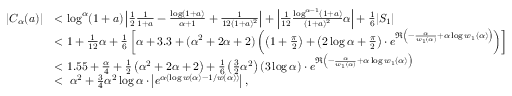
\begin{array} { r l } { | C _ { \alpha } ( a ) | } & { < \log ^ { \alpha } ( 1 + a ) \left| \frac { 1 } { 2 } \frac { 1 } { 1 + a } - \frac { \log ( 1 + a ) } { \alpha + 1 } + \frac { 1 } { 1 2 ( 1 + a ) ^ { 2 } } \right| + \left| \frac { 1 } { 1 2 } \frac { \log ^ { \alpha - 1 } ( 1 + a ) } { ( 1 + a ) ^ { 2 } } \alpha \right| + \frac { 1 } { 6 } | S _ { 1 } | } \\ & { < 1 + \frac { 1 } { 1 2 } \alpha + \frac { 1 } { 6 } \left[ \alpha + 3 . 3 + ( \alpha ^ { 2 } + 2 \alpha + 2 ) \left( \left( 1 + \frac { \pi } { 2 } \right) + \left( 2 \log \alpha + \frac { \pi } { 2 } \right) \cdot e ^ { \Re \left( - \frac { \alpha } { w _ { 1 } ( \alpha ) } + \alpha \log w _ { 1 } ( \alpha ) \right) } \right) \right] } \\ & { < 1 . 5 5 + \frac { \alpha } { 4 } + \frac { 1 } { 2 } \left( \alpha ^ { 2 } + 2 \alpha + 2 \right) + \frac { 1 } { 6 } \left( \frac { 3 } { 2 } \alpha ^ { 2 } \right) ( 3 \log \alpha ) \cdot e ^ { \Re \left( - \frac { \alpha } { w _ { 1 } ( \alpha ) } + \alpha \log w _ { 1 } ( \alpha ) \right) } } \\ & { < \; \alpha ^ { 2 } + \frac { 3 } { 4 } \alpha ^ { 2 } \log \alpha \cdot \left| e ^ { \alpha ( \log w ( \alpha ) - 1 / w ( \alpha ) ) } \right| , } \end{array}